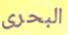
البحرى